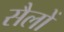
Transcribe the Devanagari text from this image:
सैलों